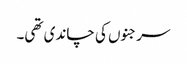
سرجنوں کی چاندی تھی۔